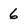
Character: 6